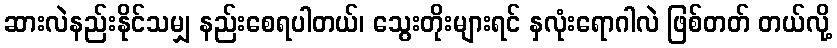
ဆားလဲနည်းနိုင်သမျှ နည်းစေရပါတယ်၊ သွေးတိုးများရင် နှလုံးရောဂါလဲ ဖြစ်တတ် တယ်လို့